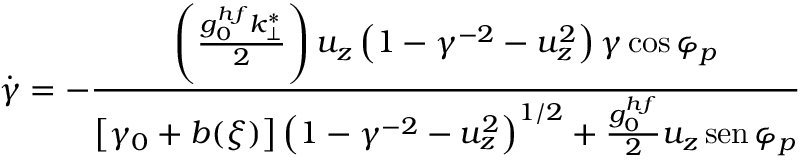
\dot { \gamma } = - \frac { \left( \frac { g _ { 0 } ^ { h f } k _ { \perp } ^ { * } } { 2 } \right) u _ { z } \left( 1 - \gamma ^ { - 2 } - u _ { z } ^ { 2 } \right) \gamma \cos \varphi _ { p } } { \left[ \gamma _ { 0 } + b ( \xi ) \right] \left( 1 - \gamma ^ { - 2 } - u _ { z } ^ { 2 } \right) ^ { 1 / 2 } + \frac { g _ { 0 } ^ { h f } } { 2 } u _ { z } \operatorname { s e n } \varphi _ { p } }